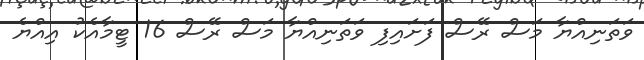
ވަތަނިއްޔާ މަސް ރޭސް ފަށައިފި ވަތަނިއްޔާ މަސް ރޭސް 16 ޓީމާއެކު އިއްޔެ